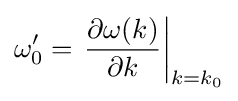
\omega '_{0}=\left.{\frac {\partial \omega (k)}{\partial k}}\right|_{k=k_{0}}